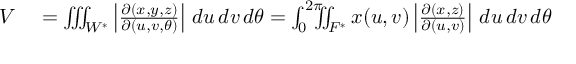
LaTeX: \begin{array} { r l } { V } & { { } = \iiint _ { W ^ { * } } \left| { \frac { \partial ( x , y , z ) } { \partial ( u , v , \theta ) } } \right| \, d u \, d v \, d \theta = \int _ { 0 } ^ { 2 \pi } \! \! \! \! \iint _ { F ^ { * } } x ( u , v ) \left| { \frac { \partial ( x , z ) } { \partial ( u , v ) } } \right| \, d u \, d v \, d \theta } \end{array}